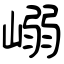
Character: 嵶